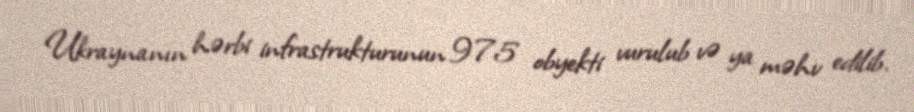
Ukraynanın hərbi infrastrukturunun 975 obyekti vurulub və ya məhv edilib.